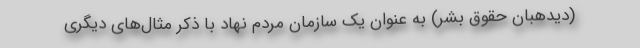
(دیدهبان حقوق بشر) به عنوان یک سازمان مردم نهاد با ذکر مثال‌های دیگری